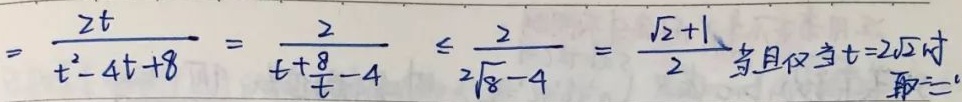
\[
=\frac{2t}{t^{2}-4t + 8}=\frac{2}{t+\frac{8}{t}-4}\leq\frac{2}{2\sqrt{8}-4}=\frac{\sqrt{2}+1}{2}
\]
当且仅当\(t = 2\sqrt{2}\)时